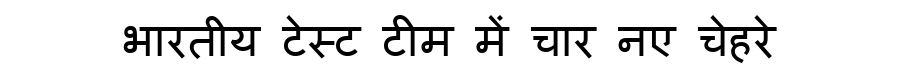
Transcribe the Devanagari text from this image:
भारतीय टेस्ट टीम में चार नए चेहरे